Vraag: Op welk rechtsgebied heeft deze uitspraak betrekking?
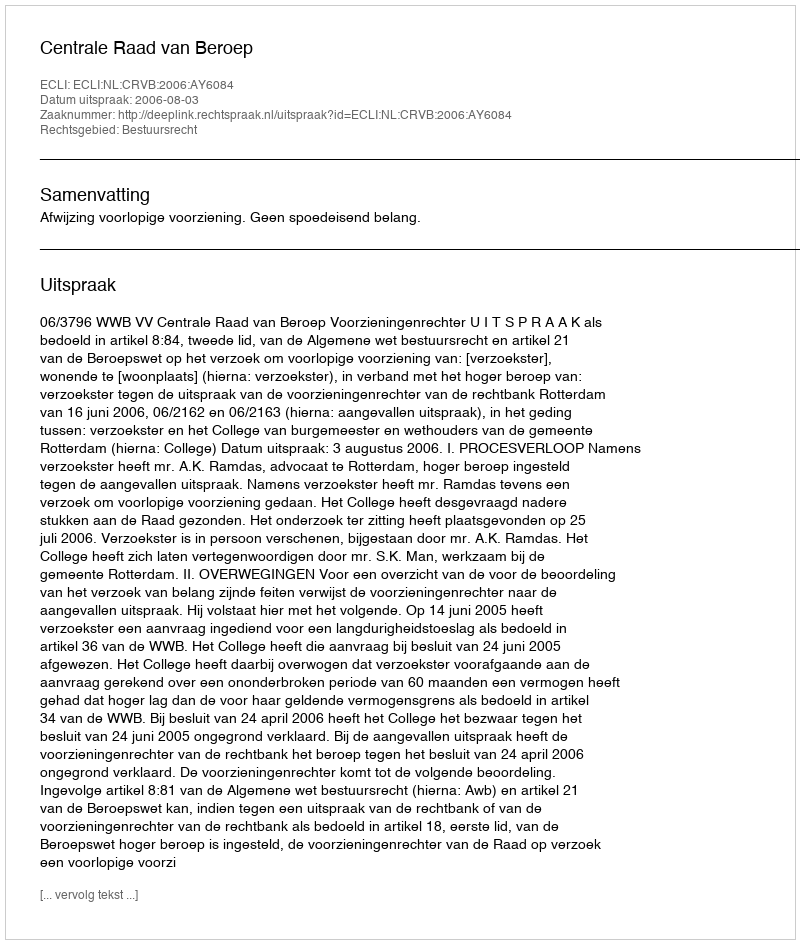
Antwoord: Bestuursrecht